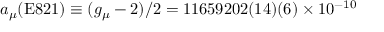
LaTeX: a _ { \mu } ( \mathrm { E 8 2 1 } ) \equiv ( g _ { \mu } - 2 ) / 2 = 1 1 6 5 9 2 0 2 ( 1 4 ) ( 6 ) \times 1 0 ^ { - 1 0 }